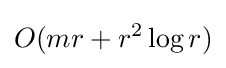
O(mr+r^{2}\log r)